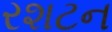
રશટન